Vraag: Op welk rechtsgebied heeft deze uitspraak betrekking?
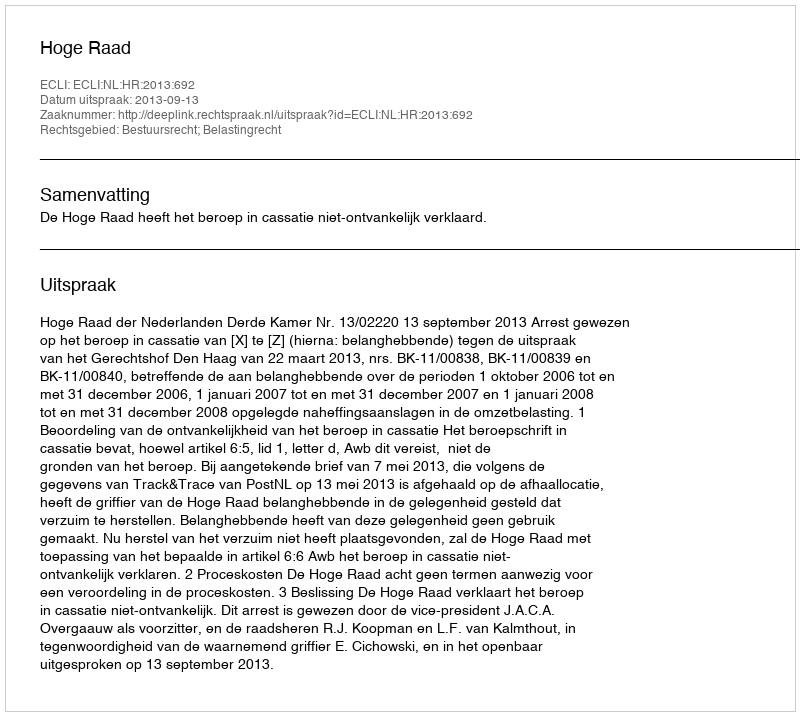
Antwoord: Bestuursrecht; Belastingrecht